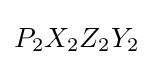
P_{2}X_{2}Z_{2}Y_{2}